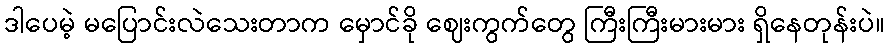
ဒါပေမဲ့ မပြောင်းလဲသေးတာက မှောင်ခို ဈေးကွက်တွေ ကြီးကြီးမားမား ရှိနေတုန်းပဲ။